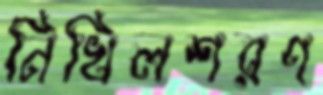
নিখিলশরণ